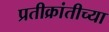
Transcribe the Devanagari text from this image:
प्रतीक्रांतीच्या